Reports on military cantonments and civil stations in the Presidency of Bombay inspected by the Sanitary Commissioner in the years 1875 and 1876
Year: 1875
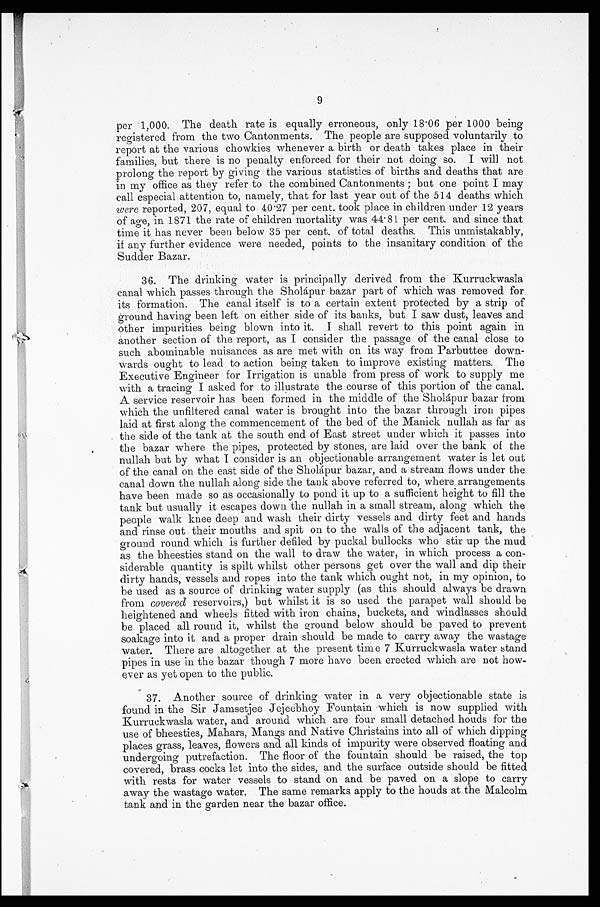
per 1,000. The death rate is equally erroneous, only 18.06 per 1000 being
registered from the two Cantonments. The people are supposed voluntarily to
report at the various chowkies whenever a birth or death takes place in their
families, but there is no penalty enforced for their not doing so. I will not
prolong the report by giving the various statistics of births and deaths that are
in my office as they refer to the combined Cantonments; but one point I may
call especial attention to, namely, that for last year out of the 514 deaths which
were reported, 207, equal to 40.27 per cent. took place in children under 12 years
of age, in 1871 the rate of children mortality was 44.81 per cent. and since that
time it has never been below 35 per cent. of total deaths. This unmistakably,
if any further evidence were needed, points to the insanitary condition of the
Scudder Bazar.
36. The drinking water is principally derived from the Kurruckwasla
canal which passes through the Sholápur bazar part of which was removed for
its formation. The canal itself is to a certain extent protected by a strip of
ground having been left on either side of its banks, but I saw dust, leaves and
other impurities being blown into it. I shall revert to this point again in
another section of the report, as I consider the passage of the canal close to
such abominable nuisances as are met with on its way from Parbuttee down-
wards ought to lead to action being taken to improve existing matters. The
Executive Engineer for Irrigation is unable from press of work to supply me
with a tracing I asked for to illustrate the course of this portion of the canal.
A service reservoir has been formed in the middle of the Sholápur bazar from
which the unfiltered canal water is brought into the bazar through iron pipes
laid at first along the commencement of the bed of the Manick nullah as far as
the side of the tank at the south end of East street under which it passes into
the bazar where the pipes, protected by stones, are laid over the bank of the
nuhlah but by what I consider is an objectionable arrangement water is let out
of the canal on the east side of the Sholápur bazar, and a stream flows under the
canal down the ullah along side the tank above referred to, where arrangements
have been made so as occasionally to pond it up to a sufficient height to fill the
tank but usually it escapes down the nullah in a small stream, along which the
people walk knee deep and wash their dirty vessels and dirty feet and hands
and rinse out their mouths and spit on to the walls of the adjacent tank, the
ground round which is further defiled by puckal bullocks who stir up the mud
as the bheesties stand on the wall to draw the water, in which process a con-
siderable quantity is spilt whilst other persons get over the wall and dip their
dirty hands, vessels and ropes into the tank which ought not, in my opinion, to
be used as a source of drinking water supply (as this should always be drawn
from covered reservoirs,) but whilst it is so used the parapet wall should be
heightened and wheels fitted with iron chains, buckets, and windlasses should
be placed all round it, whilst the ground below should be paved to prevent
soakage into it and a proper drain should be made to carry away the wastage
water. There are altogether at the present time 7 Kurruckwasla water stand
pipes in use in the bazar though 7 more have been erected which are not how-
ever as yet open to the public.
37. Another source of drinking water in a very objectionable state is
found in the Sir Jamsetjee Jejeëbhoy Fountain which is now supplied with
Kurruckwasla water, and around which are four small detached houds for the
use of bheesties, Mahars, Mangs and Native Christains into all of which dipping
places grass, leaves, flowers and all kinds of impurity were observed floating and
undergoing putrefaction. The floor of the fountain should be raised, the top
covered, brass cocks let into the sides, and the surface outside should be fitted
with rests for water vessels to stand on and be paved on a slope to carry
away the wastage water. The same remarks apply to the houds at the Malcolm
tank and in the garden near the bazar office.